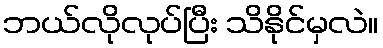
ဘယ်လိုလုပ်ပြီး သိနိုင်မှလဲ။